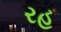
રહ